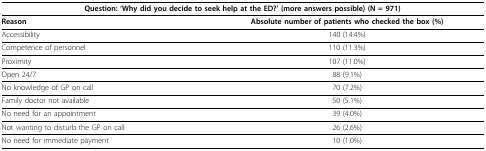
<table><thead><tr><td colspan="2"><b>Question: &#x27;Why did you decide to seek help at the ED?&#x27; (more answers possible) (N = 971)</b></td></tr></thead><tbody><tr><td><b>Reason</b></td><td><b>Absolute number of patients who checked the box (%)</b></td></tr><tr><td>Accessibility</td><td>140 (14.4%)</td></tr><tr><td>Competence of personnel</td><td>110 (11.3%)</td></tr><tr><td>Proximity</td><td>107 (11.0%)</td></tr><tr><td>Open 24/7</td><td>88 (9.1%)</td></tr><tr><td>No knowledge of GP on call</td><td>70 (7.2%)</td></tr><tr><td>Family doctor not available</td><td>50 (5.1%)</td></tr><tr><td>No need for an appointment</td><td>39 (4.0%)</td></tr><tr><td>Not wanting to disturb the GP on call</td><td>26 (2.6%)</td></tr><tr><td>No need for immediate payment</td><td>10 (1.0%)</td></tr></tbody></table>